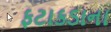
ફટાકડાના